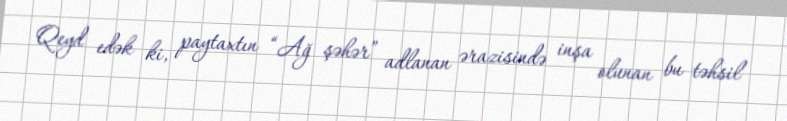
Qeyd edək ki, paytaxtın “Ağ şəhər” adlanan ərazisində inşa olunan bu təhsil